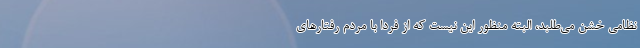
نظامی خشن می‌طلبد، البته منظور این نیست که از فردا با مردم رفتارهای